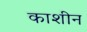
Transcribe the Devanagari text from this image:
काशीन